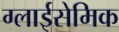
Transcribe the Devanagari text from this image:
ग्लाईसेमिक